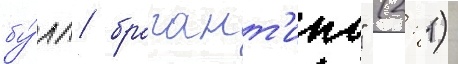
бу́лл брагант'ино" (2: 1)